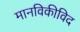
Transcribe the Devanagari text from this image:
मानविकीविद